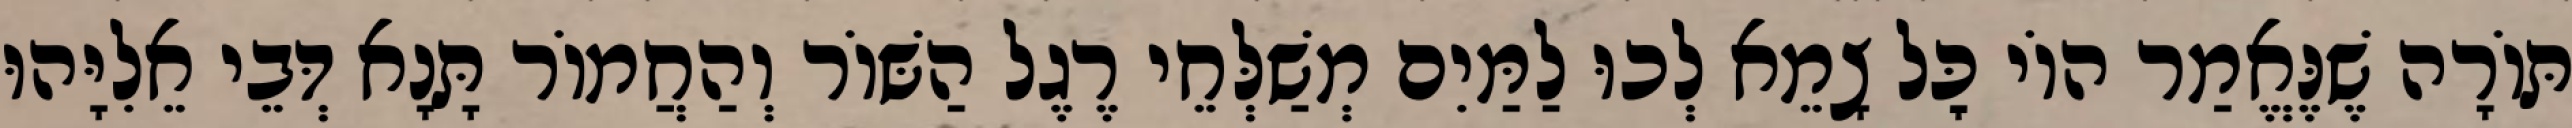
תּוֹרָה שֶׁנֶּאֱמַר הוֹי כׇּל צָמֵא לְכוּ לַמַּיִם מְשַׁלְּחֵי רֶגֶל הַשּׁוֹר וְהַחֲמוֹר תָּנָא דְּבֵי אֵלִיָּהוּ